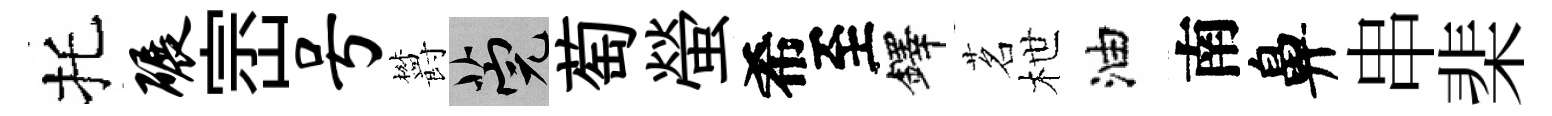
托碾崈号欝筦萄螢希至鐸茗枻油南鼻串棐